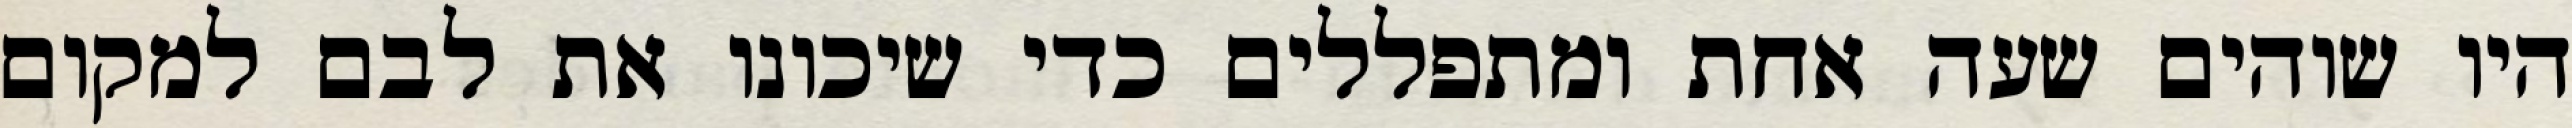
היו שוהים שעה אחת ומתפללים כדי שיכונו את לבם למקום